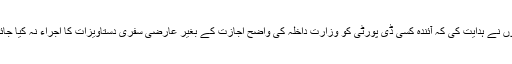
انہوں نے ہدایت کی کہ آئندہ کسی ڈی پورٹی کو وزارتِ داخلہ کی واضح اجازت کے بغیر عارضی سفری دستاویزات کا اجراء نہ کیا جائے۔